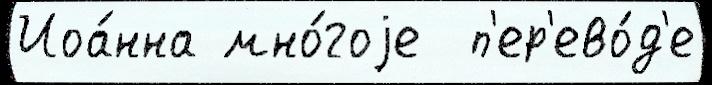
Иоа́нна мно́гоjе  п'ер'ево́д'е